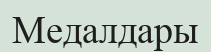
Медалдары